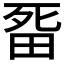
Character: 𭻏